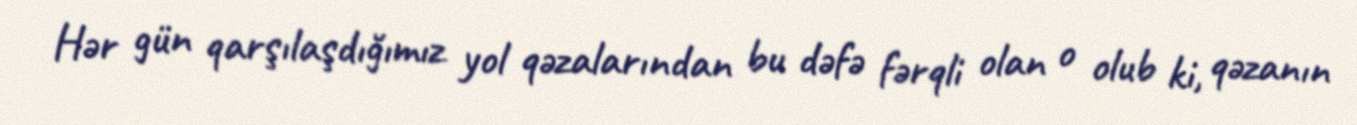
Hər gün qarşılaşdığımız yol qəzalarından bu dəfə fərqli olan o olub ki, qəzanın